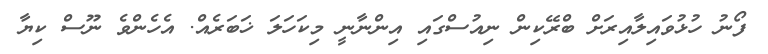
ފޯނު ހުޅުވައިލާއިރަށް ބްރޭކިން ނިއުސްގައި އިންނާނީ މިކަހަލަ ޚަބަރެއް. އެހެންވެ ނޫސް ކިޔާ